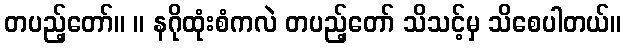
တပည့်တော်။ ။ နဂိုထုံးစံကလဲ တပည့်တော် သိသင့်မှ သိစေပါတယ်။